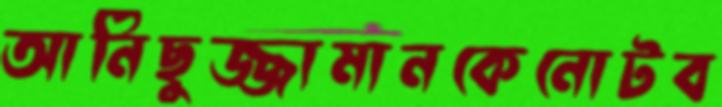
আনিছুজ্জামানকেনোটব